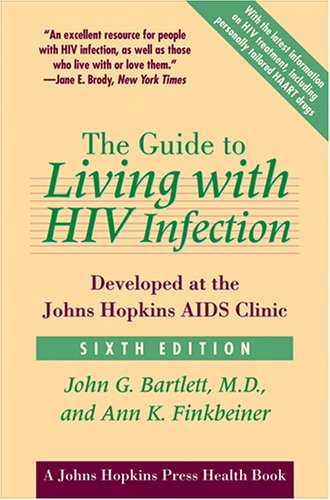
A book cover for The Guide to Living with HIV Infection: Developed at the Johns Hopkins AIDS Clinic (A Johns Hopkins Press Health Book); John G. Bartlett; Health, Fitness & Dieting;